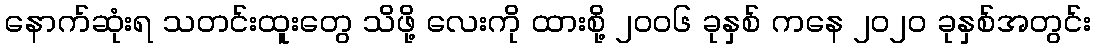
နောက်ဆုံးရ သတင်းထူးတွေ သိဖို့ လေးကို ထားစို့ ၂၀၀၆ ခုနှစ် ကနေ ၂၀၂၀ ခုနှစ်အတွင်း